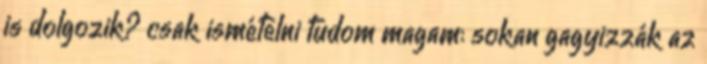
is dolgozik? csak ismételni tudom magam: sokan gagyizzák az